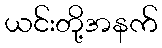
ယင်းတို့အနက်